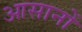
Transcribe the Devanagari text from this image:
आसानों